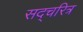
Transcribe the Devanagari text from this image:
सद्चरित्र